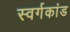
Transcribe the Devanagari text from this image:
स्वर्गकांड